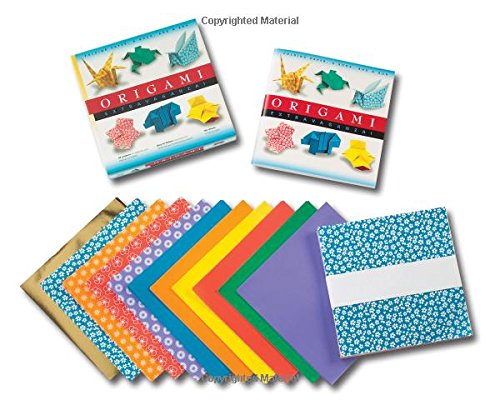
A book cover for Origami Extravaganza: Folding Paper, a Book, and a Box; Arts & Photography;